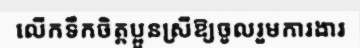
លើកទឹកចិត្តប្អូនស្រីឱ្យចូលរួមការងារ